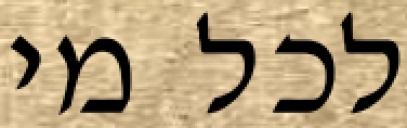
לכל מי